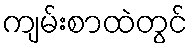
ကျမ်းစာထဲတွင်